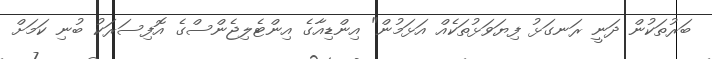
ބަރުތަކުން ދަނީ ރަނގަޅު ފިޔަވަޅުތަކެއް އަޅަމުން" އިންޑިއާގެ އިންޓެލިޖެންސްގެ އޮފިސަރަކު ބުނި ކަމަށް